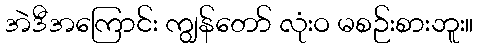
အဲဒီအကြောင်း ကျွန်တော် လုံးဝ မစဉ်းစားဘူး။